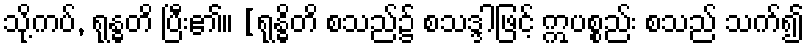
သို့ကပ်, ရုန္ဓတိ ပြီး၏။ [ရုန္ဓိတိ စသည်၌ စသဒ္ဒါဖြင့် ဣပစ္စည်း စသည် သက်၍